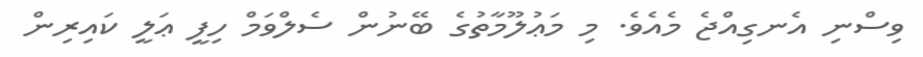
ވިސްނި އެނގިއްޖެ މެއެވެ. މި މަޢުލޫމާތުގެ ބޭނުން ސެލްވަމް ހިފީ ޢަލީ ކައިރިން